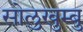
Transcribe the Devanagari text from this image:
सोलुखुम्बु